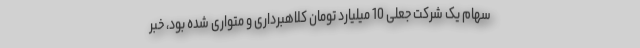
سهام یک شرکت جعلی 10 میلیارد تومان کلاهبرداری و متواری شده بود، خبر